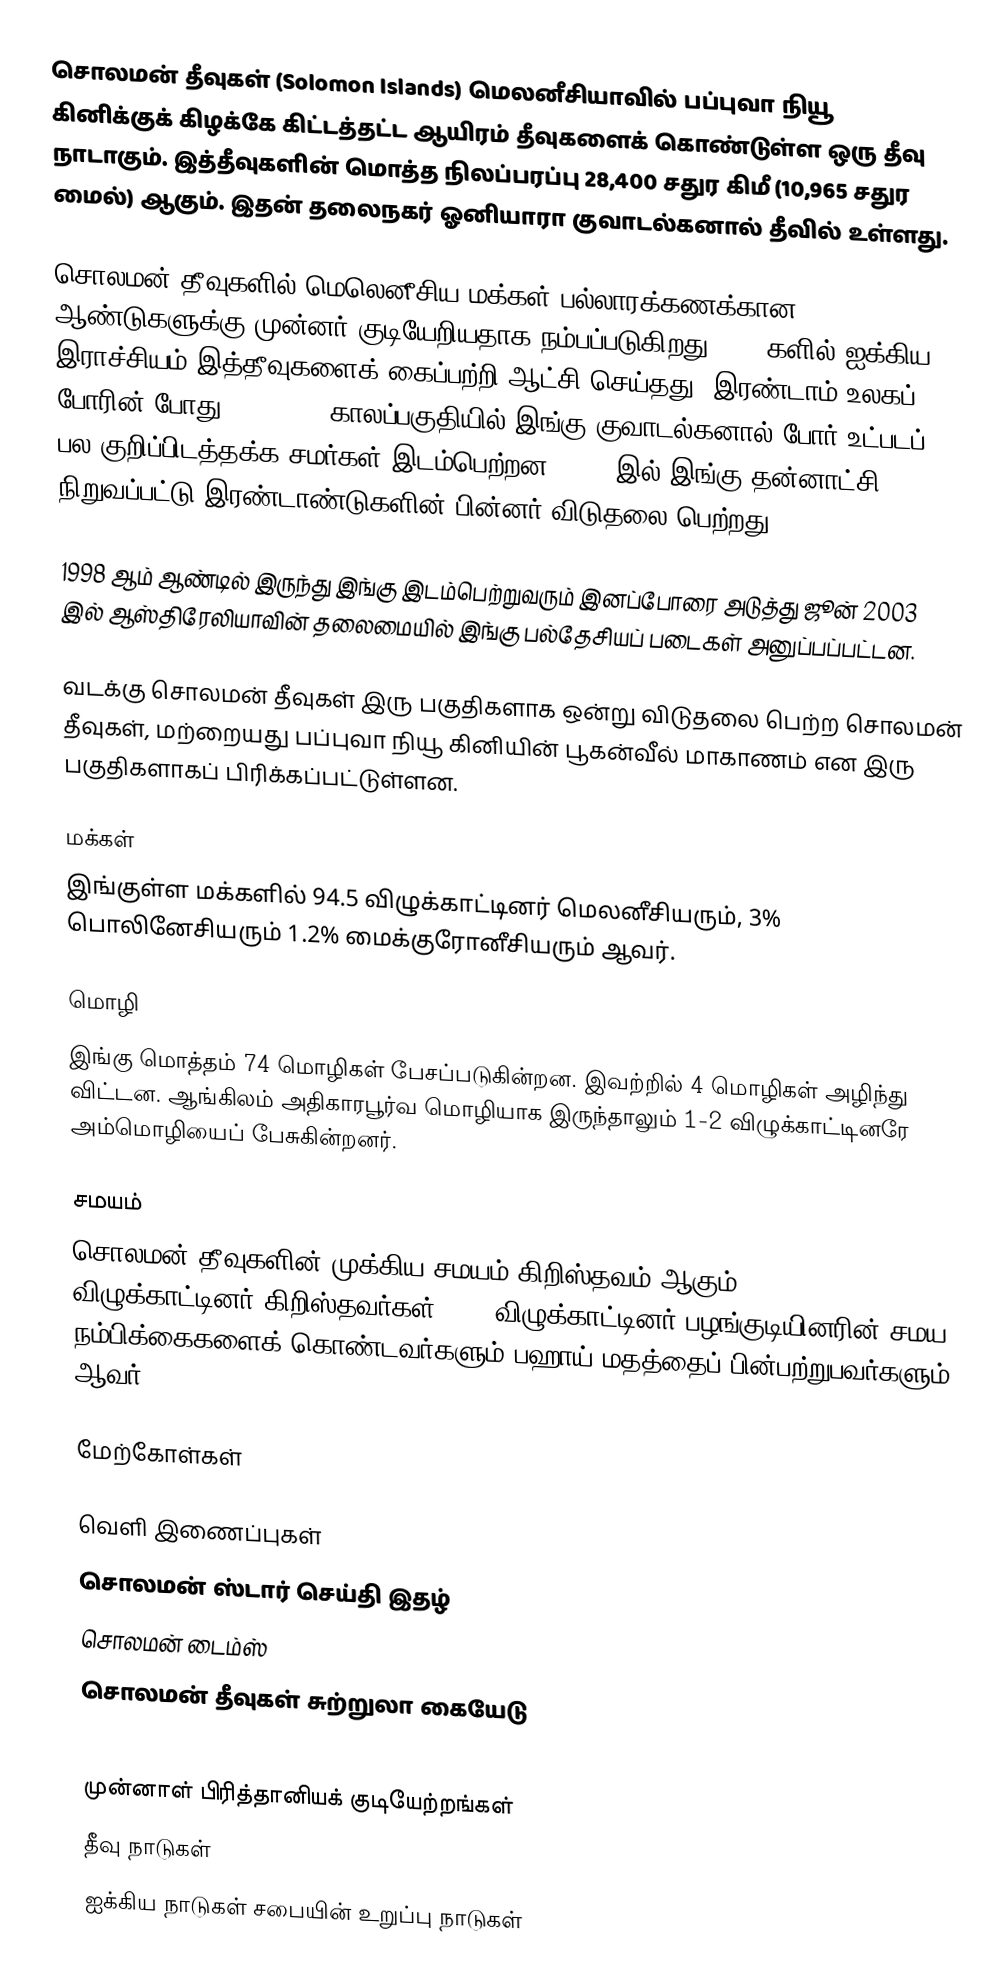
சொலமன் தீவுகள் (Solomon Islands) மெலனீசியாவில் பப்புவா நியூ கினிக்குக் கிழக்கே கிட்டத்தட்ட ஆயிரம் தீவுகளைக் கொண்டுள்ள ஒரு தீவு நாடாகும். இத்தீவுகளின் மொத்த நிலப்பரப்பு 28,400 சதுர கிமீ (10,965 சதுர மைல்) ஆகும். இதன் தலைநகர் ஓனியாரா குவாடல்கனால் தீவில் உள்ளது.

சொலமன் தீவுகளில் மெலெனீசிய மக்கள் பல்லாரக்கணக்கான ஆண்டுகளுக்கு முன்னர் குடியேறியதாக நம்பப்படுகிறது. 1890களில் ஐக்கிய இராச்சியம் இத்தீவுகளைக் கைப்பற்றி ஆட்சி செய்தது. இரண்டாம் உலகப் போரின் போது 1942-1945 காலப்பகுதியில் இங்கு குவாடல்கனால் போர் உட்படப் பல குறிப்பிடத்தக்க சமர்கள் இடம்பெற்றன. 1976 இல் இங்கு தன்னாட்சி நிறுவப்பட்டு இரண்டாண்டுகளின் பின்னர் விடுதலை பெற்றது.

1998 ஆம் ஆண்டில் இருந்து இங்கு இடம்பெற்றுவரும் இனப்போரை அடுத்து ஜூன் 2003 இல் ஆஸ்திரேலியாவின் தலைமையில் இங்கு பல்தேசியப் படைகள் அனுப்பப்பட்டன.

வடக்கு சொலமன் தீவுகள் இரு பகுதிகளாக ஒன்று விடுதலை பெற்ற சொலமன் தீவுகள், மற்றையது பப்புவா நியூ கினியின் பூகன்வீல் மாகாணம் என இரு பகுதிகளாகப் பிரிக்கப்பட்டுள்ளன.

மக்கள்
இங்குள்ள மக்களில் 94.5 விழுக்காட்டினர் மெலனீசியரும், 3% பொலினேசியரும் 1.2% மைக்குரோனீசியரும் ஆவர்.

மொழி
இங்கு மொத்தம் 74 மொழிகள் பேசப்படுகின்றன. இவற்றில் 4 மொழிகள் அழிந்து விட்டன. ஆங்கிலம் அதிகாரபூர்வ மொழியாக இருந்தாலும் 1-2 விழுக்காட்டினரே அம்மொழியைப் பேசுகின்றனர்.

சமயம்
சொலமன் தீவுகளின் முக்கிய சமயம் கிறிஸ்தவம் ஆகும் . 97 விழுக்காட்டினர் கிறிஸ்தவர்கள். 2.9 விழுக்காட்டினர் பழங்குடியினரின் சமய நம்பிக்கைகளைக் கொண்டவர்களும் பஹாய் மதத்தைப் பின்பற்றுபவர்களும் ஆவர்.

மேற்கோள்கள்

வெளி இணைப்புகள்
 சொலமன் ஸ்டார் செய்தி இதழ்
 சொலமன் டைம்ஸ்
 சொலமன் தீவுகள் சுற்றுலா கையேடு

முன்னாள் பிரித்தானியக் குடியேற்றங்கள்
தீவு நாடுகள்
ஐக்கிய நாடுகள் சபையின் உறுப்பு நாடுகள்